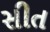
સીત